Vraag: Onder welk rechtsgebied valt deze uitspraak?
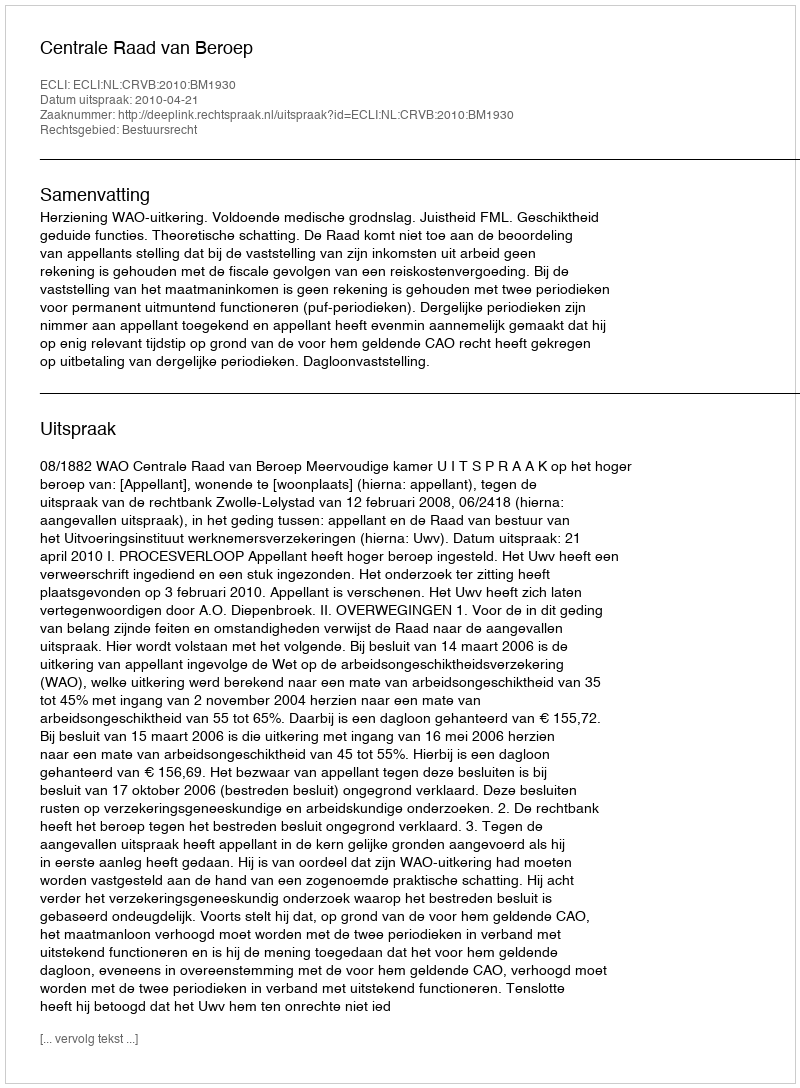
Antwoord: Bestuursrecht